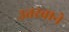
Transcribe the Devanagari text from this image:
उतरवाने